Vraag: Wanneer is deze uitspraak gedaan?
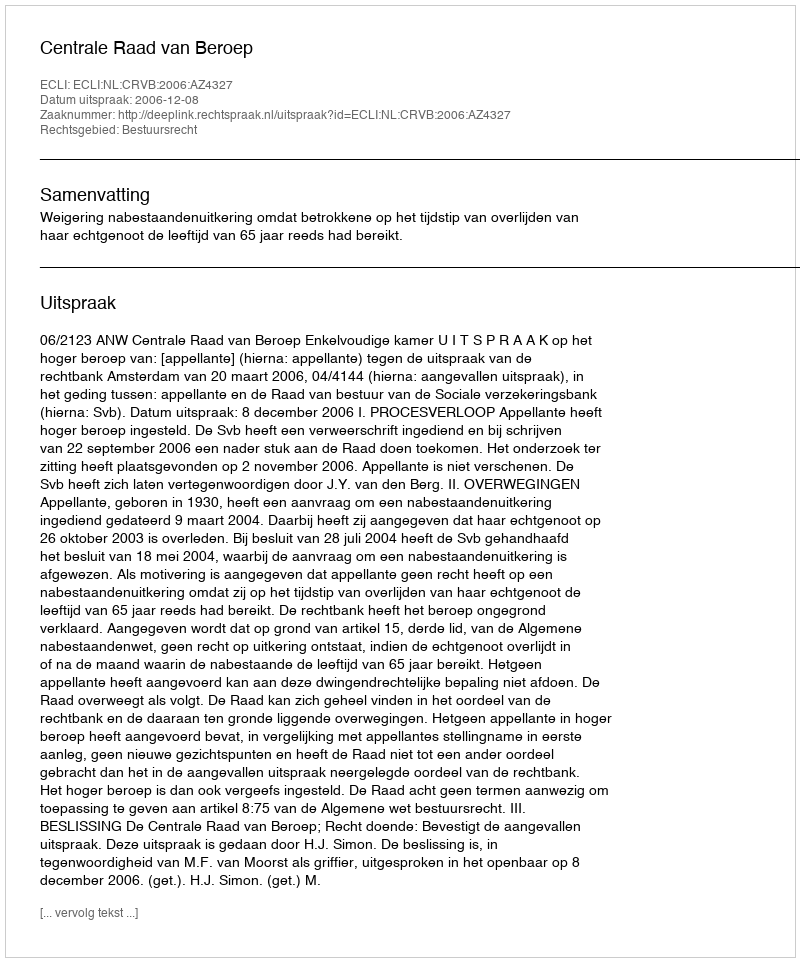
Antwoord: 2006-12-08